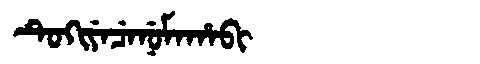
Manchu: ᡨᡠᡴᡳᠶᡝᠴᡝᠨᡠᠮᠠᡥᠠᠪᡳ
Romanization: TUKIYECENUMAHABI